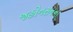
જહોનસનના